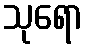
သုရော